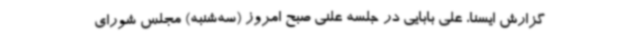
گزارش ایسنا، علی بابایی در جلسه علنی صبح امروز (سه‌شنبه) مجلس شورای